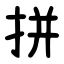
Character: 拼